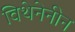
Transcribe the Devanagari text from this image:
विथेनेनीन